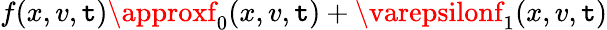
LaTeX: f(x,v,\mathtt{t})\approxf_{0}(x,v,\mathtt{t})+\varepsilonf_{1}(x,v,\mathtt{t})